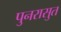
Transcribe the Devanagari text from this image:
पुनरासुत